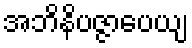
အဘိနိပဇ္ဇာပေယျ